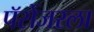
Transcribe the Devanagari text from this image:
पॅसेंजरला